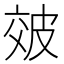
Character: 㿰